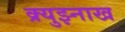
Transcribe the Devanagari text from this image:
क्र्युझ्नाख